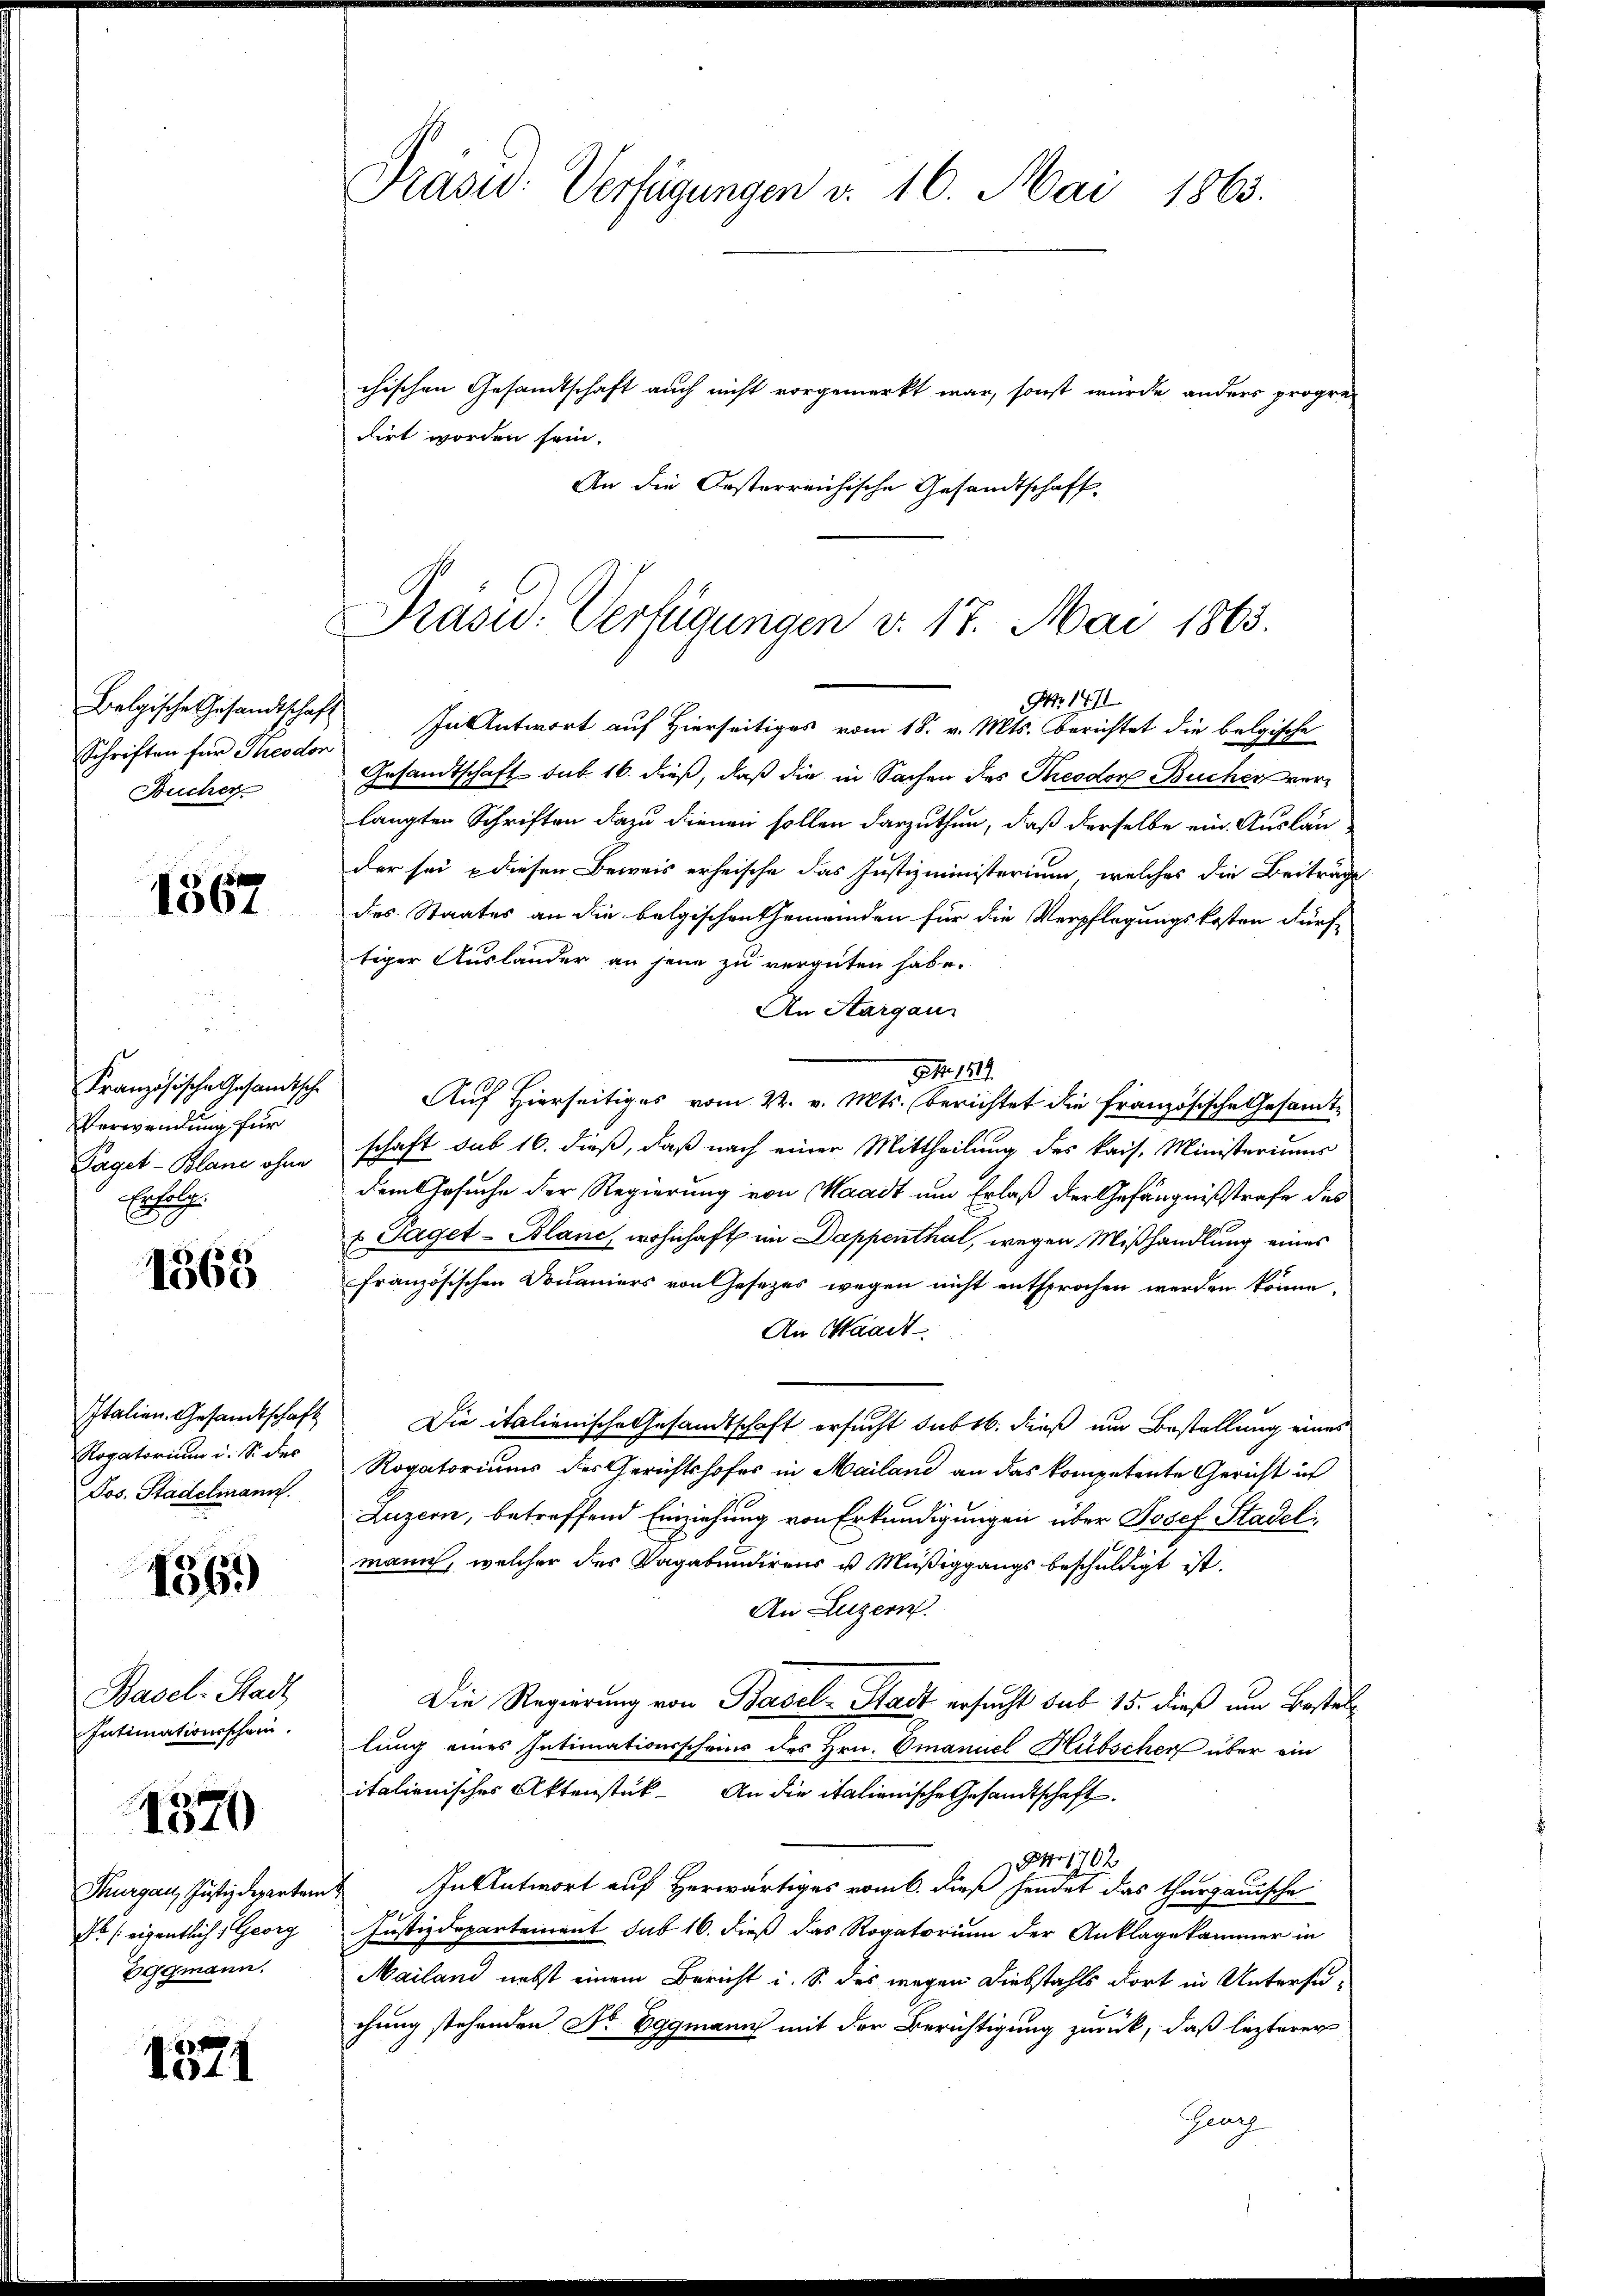
Belgische Gesandtschaft
Schriften für Theodor
Bucher

1567

Französische Gesandtische
Verwendung für
Paget-Blane ohne
Erfah

1363

Italien Gesandtschaft
Rogatorium i. S. des
Jos. Stadelmann.

1361)

Basel: Stadt
Intimationsschein.

1370

Thurgau, Justizdeparten
46 / eigentlich Georg
Eggmann.

1371

Präsid. Verfügungen v. 16. Mai 1863.

chischen Gesamtschaft auch nicht vorgemerkt war, sonst wurde anders progre
dirt worden sein.
An die Orsterreichische Gesandtschaft,

Präsid. Verfügungen v. 17. Mai 1863.
No 1411

In Antwort auf Hierseitiges vom 18. v. Mts. Berichtet die belgische
Gesandtschaft sub 16. dieß, daß die in Sachen des Theodor Bucher verlangten Schriften dazu dienen sollen darzuthun, daß derselbe ein Auslander sei diesen Beweis erheische das Justizministerium, welches die Beiträge
des Staates an die belgischen Gemeinden für die Verpflegungskosten Fürf-
tiger Auslander an jene zu vergüten habe.
An Aargau
NNo. 189.
Auf Hierseitiges vom 22. v. Mts. berichtet die französische Gesandtschaft sub 16. dieß, daß nach einer Mittheilung des kais. Ministeriums
dem Gesuche der Regierung von Waadt um Erlaß der Gefängnißstrafe des
u. Taget-Blanc, wohnhaft im Dappenthal, wegen Mißhandlung eines
französischen Douaners von Gesezes wegen nicht entsprochen werden könne.
An Waadt-
Die italienische Gesandtschaft ersucht sub 16. dieß um Bestellung eines
Rogatoriums des Gerichtshofes in Mailand an das kompetente Gericht in
Luzern, betreffend Einziehung von Erkundigungen über Josef Stadeli
mann, welcher des Vagabundirens u. Müßiggangs beschuldigt ist.
An Luzern.
Die Regierung von Basel-Stadt ersucht sub 15. dieß um Bestel
lung eines Intimationsscheins des Hrn. Emanuel Hübscher über ein
italienisches Aktenstück. An die italienische Gesandtschaft.
Ao 1702
 In Antwort auf Herwärtiges vom 6. dieß sendet das thurgauische
Justizdepartement sub 16. dieß das Rogatorium der Anklagekammer in
Mailand nebst einem Bericht i. S. des wegen Diebstahls dort in Untersuchung stehenden Sr. Eggmann mit der Berichtigung zurück, daß lezterer
Ganz